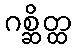
ဂစ္ဆိတ္ထ